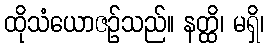
ထိုသံယောဇဉ်သည်။ နတ္ထိ၊ မရှိ၊